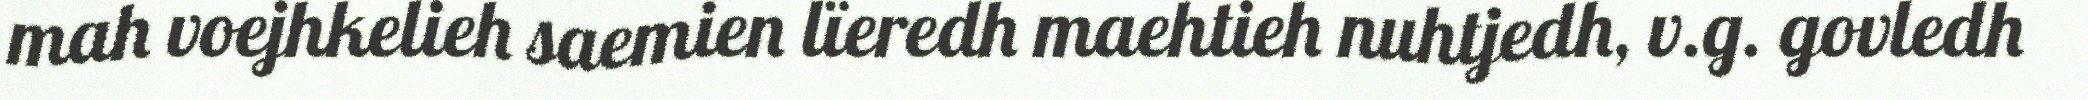
mah voejhkelieh saemien lïeredh maehtieh nuhtjedh, v.g. govledh